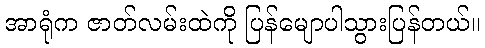
အာရုံက ဇာတ်လမ်းထဲကို ပြန်မျောပါသွားပြန်တယ်။